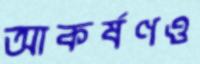
আকর্ষণও